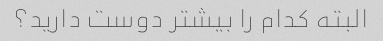
البته کدام را بیشتر دوست دارید؟